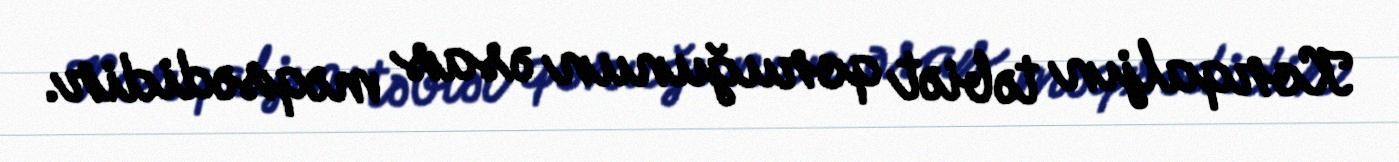
Korqaljın təbiət qoruğunun əsas məqsədidir.